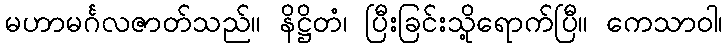
မဟာမင်္ဂလဇာတ်သည်။ နိဋ္ဌိတံ၊ ပြီးခြင်းသို့ရောက်ပြီ။ ကေသာဝါ၊